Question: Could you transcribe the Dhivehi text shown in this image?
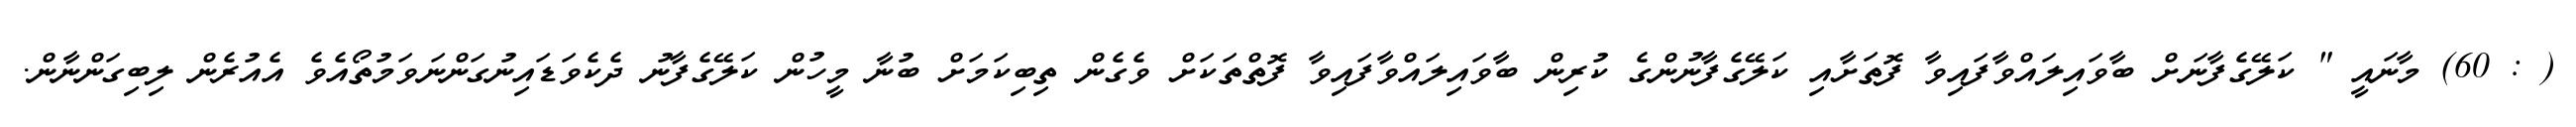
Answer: ( : 60) މާނައީ " ކަލޭގެފާނަށް ބާވައިލައްވާފައިވާ ފޮތަށާއި ކަލޭގެފާނުންގެ ކުރިން ބާވައިލައްވާފައިވާ ފޮތްތަކަށް ވެގެން ތިބިކަމަށް ބުނާ މީހުން ކަލޭގެފާނު ދެކެވަޑައިނުގަންނަވަމުތޯއެވެ އެއުރެން ލިބިގަންނާން.